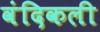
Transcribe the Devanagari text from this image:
वंदिकली